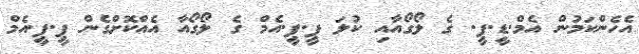
އެހެންކަމުން އެމް.ޑީ.ޕީ. ގެ ލޯގޯއާއި ކުލަ ޕީ.ޕީ.އެމް ގެ ލޯގޯއާ އެއްކޮށްގެން ޕީ.ޕީ.އެމް